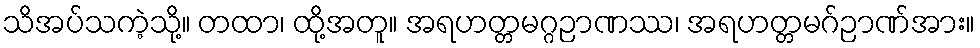
သိအပ်သကဲ့သို့။ တထာ၊ ထို့အတူ။ အရဟတ္တမဂ္ဂဉာဏဿ၊ အရဟတ္တမဂ်ဉာဏ်အား။